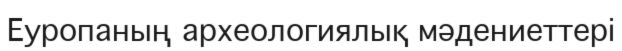
Еуропаның археологиялық мәдениеттері